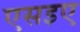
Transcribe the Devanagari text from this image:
एसइए